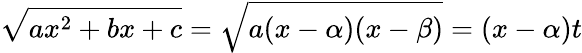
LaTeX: {\sqrt{ax^{2}+bx+c}}={\sqrt{a(x-\alpha)(x-\beta)}}=(x-\alpha)t